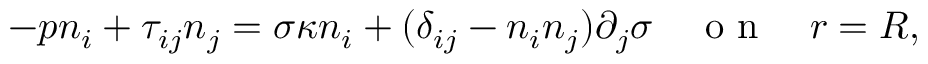
- { p } n _ { i } + \tau _ { i j } n _ { j } = \sigma \kappa n _ { i } + ( \delta _ { i j } - n _ { i } n _ { j } ) \partial _ { j } \sigma \quad \mathrm { ~ o ~ n ~ } \quad r = R ,